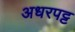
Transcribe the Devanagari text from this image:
अधरपट्ट